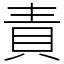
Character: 責